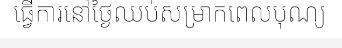
ធ្វើការនៅថ្ងៃឈប់សម្រាកពេលបុណ្យ